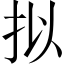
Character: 拟